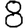
Digit: 8